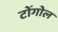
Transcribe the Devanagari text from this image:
टोंगोल